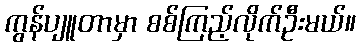
ကွန်ပျူတာမှာ စစ်ကြည့်လိုက်ဦးမယ်။